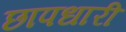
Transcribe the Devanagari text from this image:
छापधारी